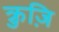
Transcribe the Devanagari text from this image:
क्रुज़ि